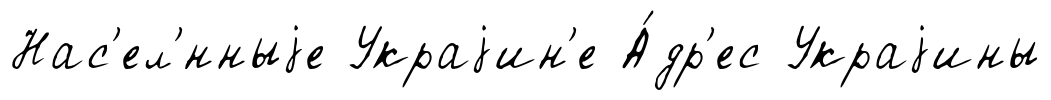
Нас'ел'́нныjе Украjин'е А́др'ес Украjины